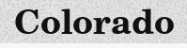
Colorado